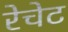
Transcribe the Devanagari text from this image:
रेचेट